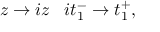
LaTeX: z \rightarrow i z \; \; \; i t _ { 1 } ^ { - } \rightarrow t _ { 1 } ^ { + } ,